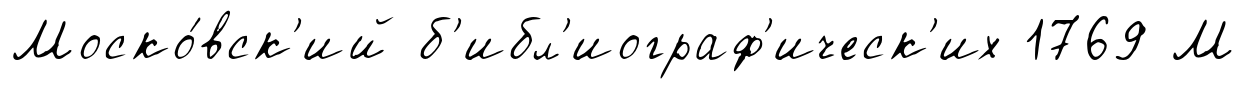
Моско́вск'ий б'ибл'иограф'ическ'их 1769 М